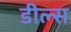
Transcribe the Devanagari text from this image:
डील्स